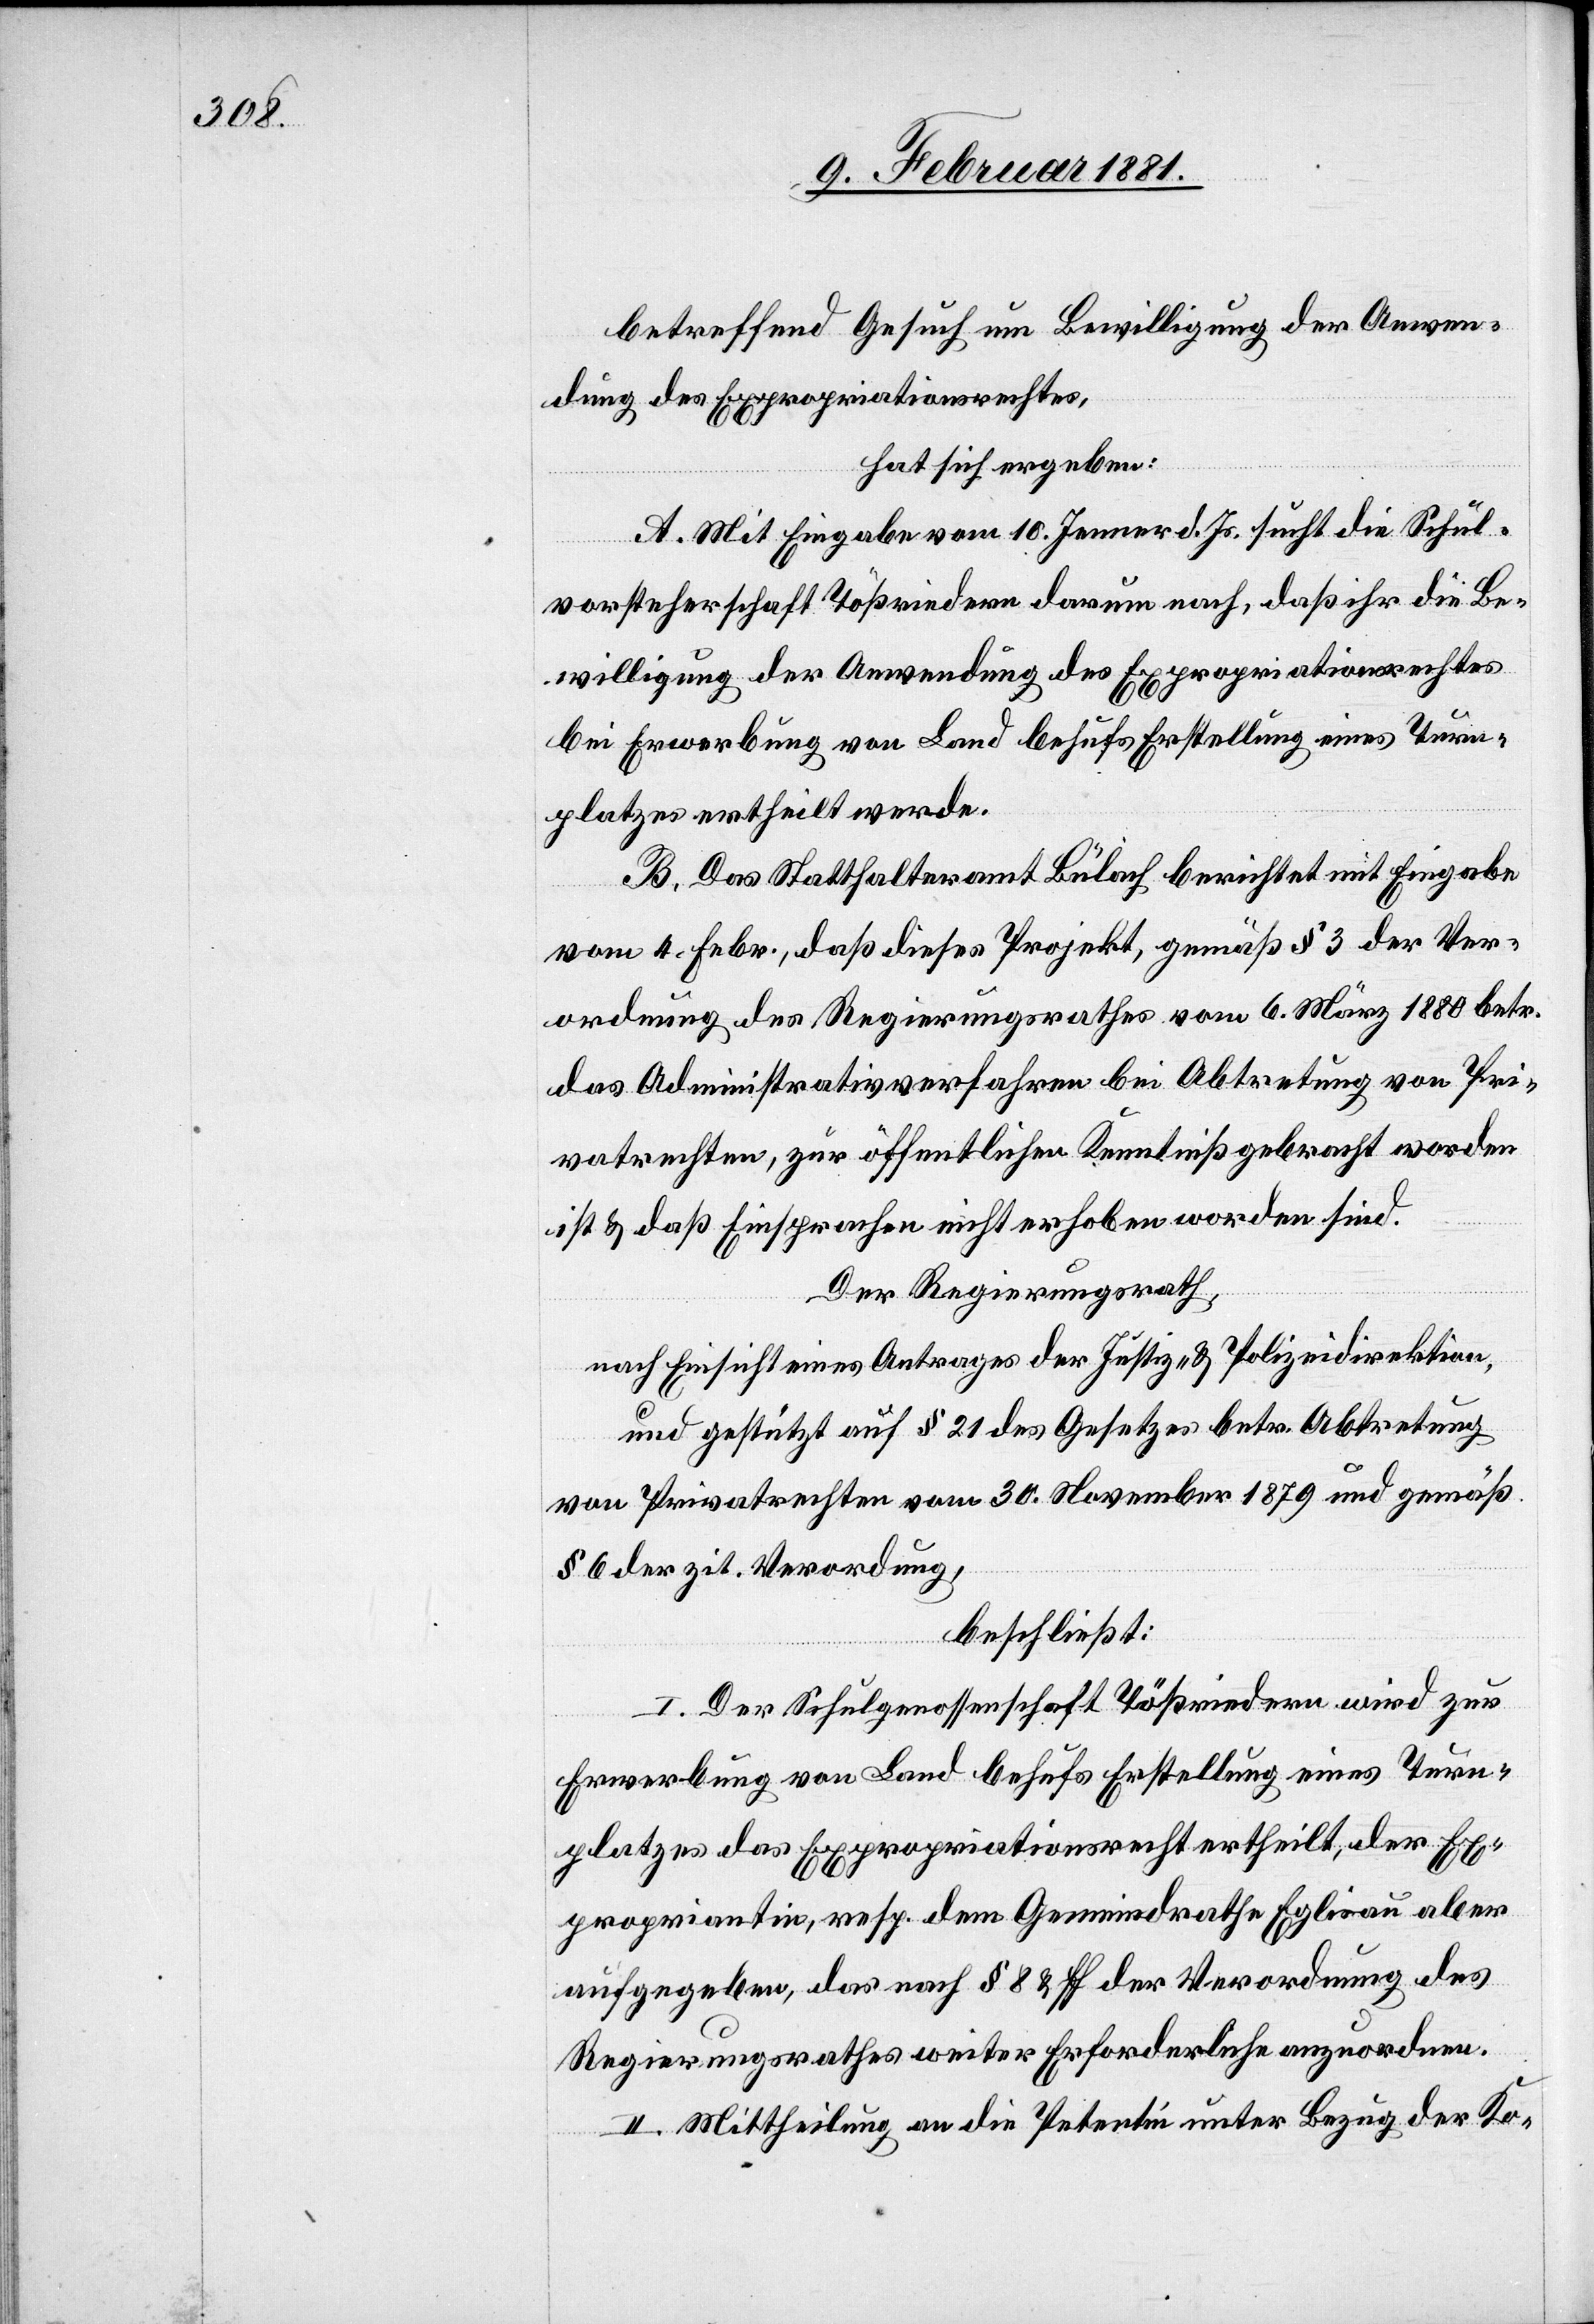
betreffend Gesuch um Bewilligung der Anwen¬
dung des Expropriationsgesetzes,
hat sich ergeben:
A. Mit Eingabe vom 10. Jenner d. Js. sucht die Schul¬
vorsteherschaft Tößriedern darum nach, daß ihr die Be¬
willigung der Anwendung des Expropriationsrechtes
bei Erwerbung von Land behufs Erstellung eines Turn¬
platzes ertheilt werde.
B. Das Statthalteramt Bülach berichtet mit Eingabe
vom 4. Febr., daß dieses Projekt, gemäß § 3 der Ver¬
ordnung des Regierungsrathes vom 6. März 1880 betr.
das Administrativverfahren bei Abtretung von Pri¬
vatrechten, zur öffentlichen Kenntniß gebracht worden
ist & daß Einsprachen nicht erhoben worden sind.
Der Regierungsrath,
nach Einsicht eines Antrages der Justiz- & Polizeidirektion,
und gestützt auf § 21 des Gesetzes betr. Abtretung
von Privatrechten vom 30. November 1879 und gemäß
§ 6 der zit. Verordnung,
beschließt:
I. Der Schulgenossenschaft Tößriedern wird zur
Erwerbung von Land behufs Erstellung eines Turn¬
platzes das Expropriationsrecht ertheilt, der Ex¬
propriantin, resp. dem Gemeindrathe Eglisau aber
aufgegeben, das nach § 8 & ff der Verordnung des
Regierungsrathes weiter Erforderliche anzuordnen.
II. Mittheilung an die Petentin unter Bezug der Ko-